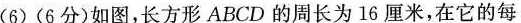
(6)(6分)如图，长方形ABCD的周长为16厘米，在它的每